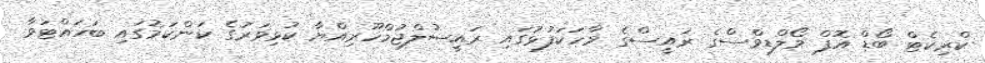
ކްރިކެޓް ބޯޑް އޮފް މޯލްޑިވްސްގެ ރައީސްގެ ވާހަކަފުޅުގައި ރައީސުލްޖުމްހޫރިއްޔާ ކުޅިވަރުގެ ކަންކަމުގައި ބަހައްޓަވާ